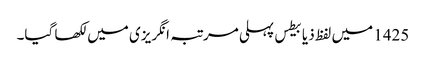
1425 میں‌ لفظ ذیابیطس پہلی مرتبہ انگریزی میں‌ لکھا گیا۔